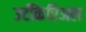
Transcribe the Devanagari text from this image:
उर्टीकेरिअल